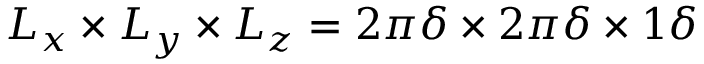
L _ { x } \times L _ { y } \times L _ { z } = 2 \pi \delta \times 2 \pi \delta \times 1 \delta